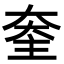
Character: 𡙃